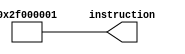
// puts a 1 indicator inside reg $29 (indicates the jump button has just been pressed)

module frame_rdy_instructionbuilder(instruction);

    output [31:0] instruction;

    // opcode = 00101 (addi)
    assign instruction[31:27] = 5'd5;

    // rd = 28
    assign instruction[26:22] = 5'd28;

    // rs = 0
    assign instruction[21:17] = 5'b0;

    // 17 bit immediate = 1
    assign instruction[16:0] = 17'b1;

endmodule